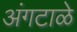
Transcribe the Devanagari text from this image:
अंगटाळे